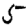
Digit: 5